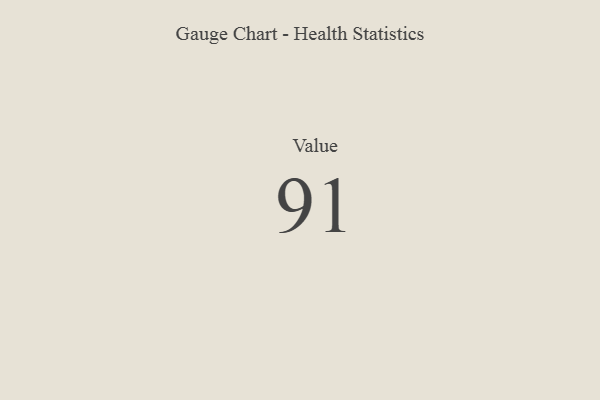
{"axis": {"x": "Metric", "y": "Value"}, "legend": [""], "data": [{"x": "Value", "y": 91, "type": ""}]}